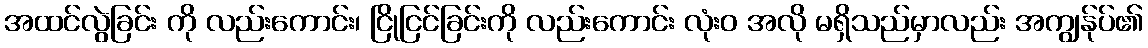
အထင်လွဲခြင်း ကို လည်းကောင်း၊ ငြိုငြင်ခြင်းကို လည်းကောင်း လုံးဝ အလို မရှိသည်မှာလည်း အကျွန်ုပ်၏